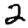
Digit: 2